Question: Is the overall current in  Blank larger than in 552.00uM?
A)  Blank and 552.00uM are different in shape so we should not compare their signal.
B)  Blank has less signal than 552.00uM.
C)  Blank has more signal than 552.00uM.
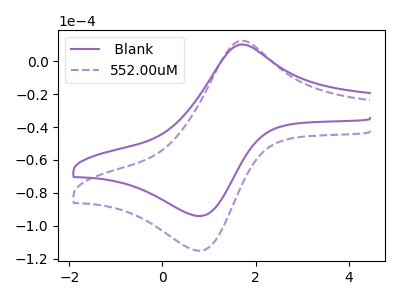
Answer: <think>The purple curve " Blank" has an anodic peak at (1.70V, 10.20uA) and a cathodic peak at (0.75V, -94.05uA). The purple dashed curve "552.00uM" has an anodic peak at (1.70V, 12.50uA) and a cathodic peak at (0.75V, -115.15uA).
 All the peaks in " Blank" have a peak in "552.00uM" at the same potential. Every peak in " Blank" is lower than every peak in "552.00uM".</think>
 <answer>B) " Blank" has less signal than "552.00uM".</answer>
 <eval>B</eval>